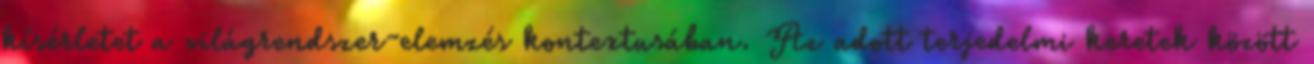
kísérletet a világrendszer-elemzés kontextusában. Az adott terjedelmi keretek között